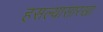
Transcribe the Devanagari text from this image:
हसल्यासारखा